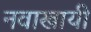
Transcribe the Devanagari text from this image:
नवाखायी